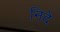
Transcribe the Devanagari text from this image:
निदे